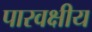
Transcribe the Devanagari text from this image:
पारवक्षीय